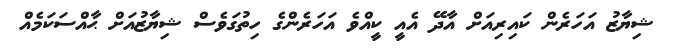
ޝިޔާޒު އަހަރެން ކައިރިއަށް އާދޭ އެއީ ކީއްވެ އަހަރެންގެ ހިތުގަވެސް ޝިޔާޒުއަށް ޙާއްސަކަމެއް